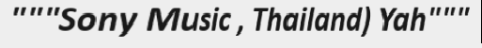
"""Sony Music , Thailand) Yah"""